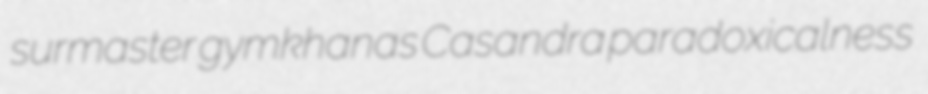
surmaster gymkhanas Casandra paradoxicalness